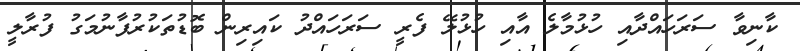
ކާނިވާ ސަރަހައްދާއި ހުޅުމާލެ އާއި ހުޅުލޭ ފެރީ ސަރަހައްދު ކައިރިން ބޮޑުތަކުރުފާނުމަގު ފުރާލީ